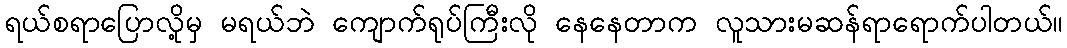
ရယ်စရာပြောလို့မှ မရယ်ဘဲ ကျောက်ရုပ်ကြီးလို နေနေတာက လူသားမဆန်ရာရောက်ပါတယ်။